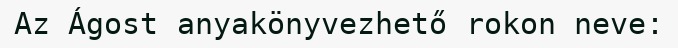
Az Ágost anyakönyvezhető rokon neve: